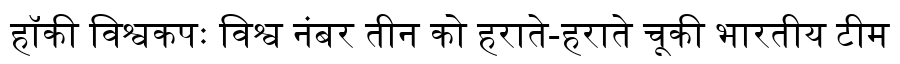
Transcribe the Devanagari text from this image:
हॉकी विश्वकपः विश्व नंबर तीन को हराते-हराते चूकी भारतीय टीम